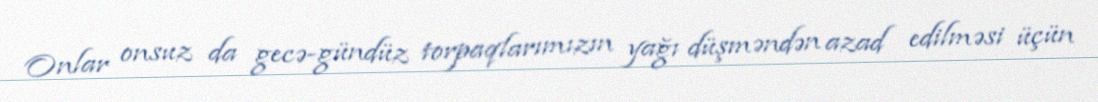
Onlar onsuz da gecə-gündüz torpaqlarımızın yağı düşməndən azad edilməsi üçün